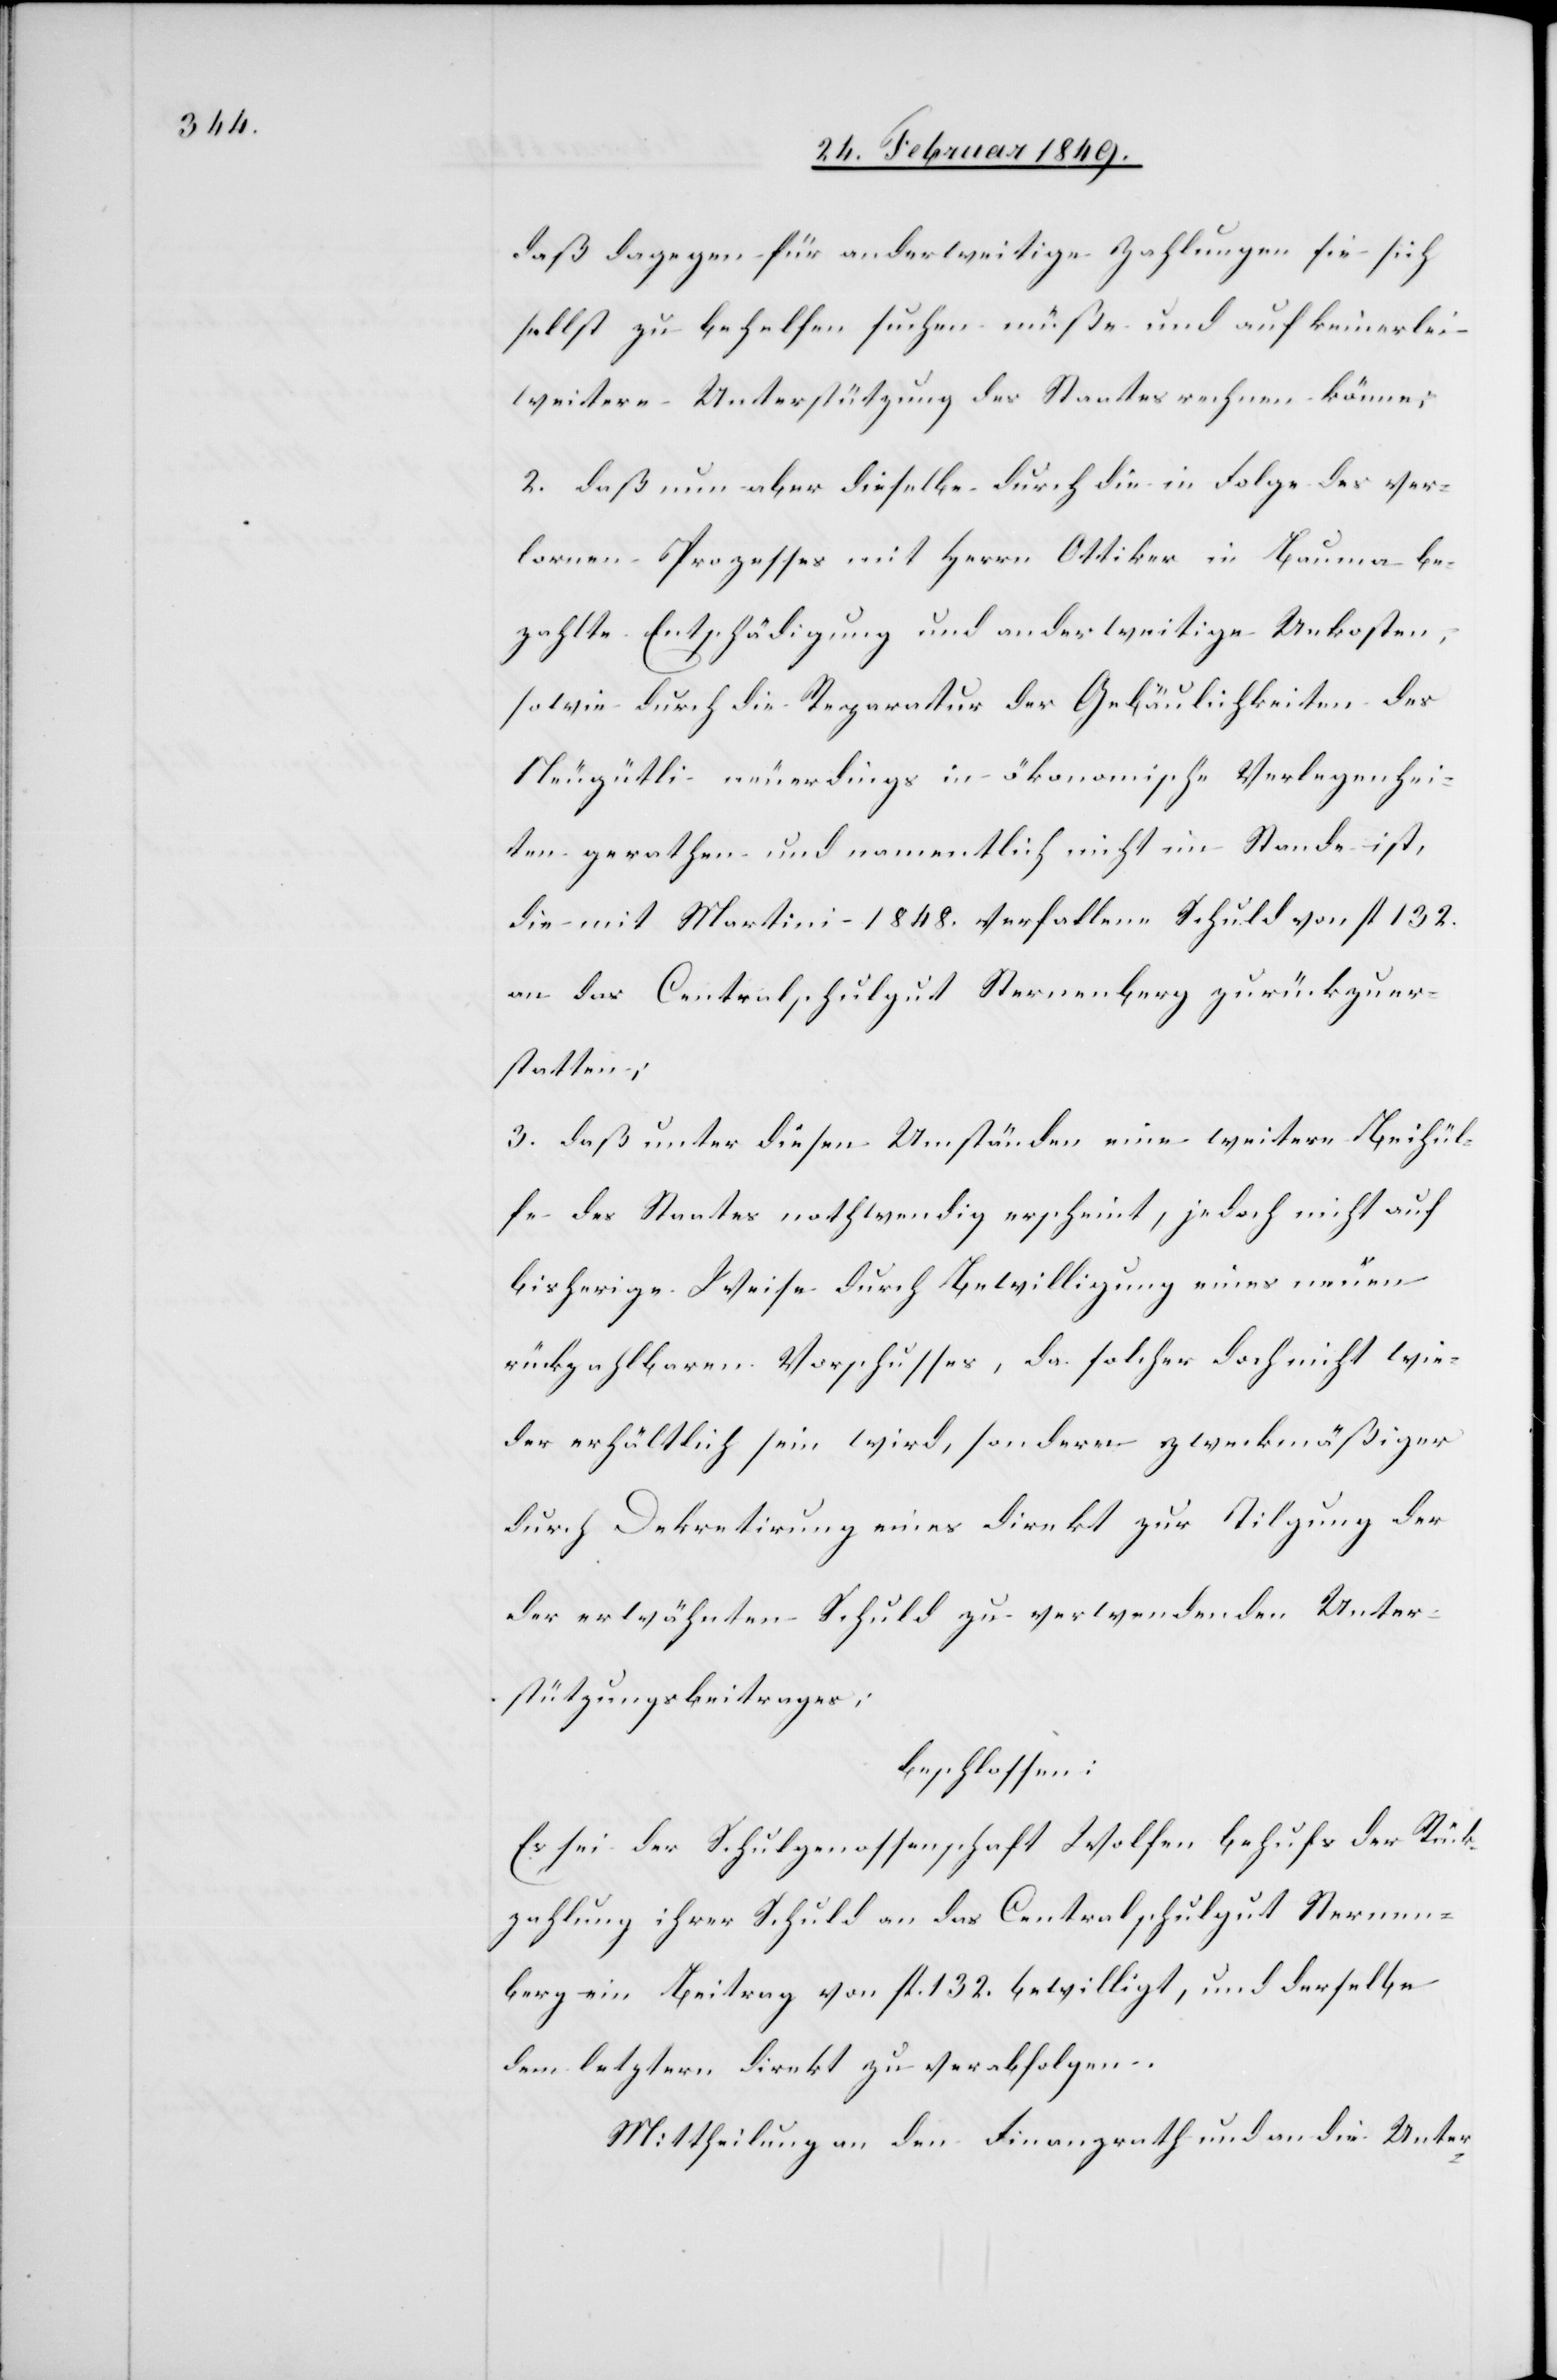
daß dagegen für anderweitige Zahlungen sie sich
selbst zu behelfen suchen müße und auf keinerlei
weitere Unterstützung des Staates rechnen könne;
2. daß nun aber dieselbe durch die in Folge des ver¬
lornen Prozesses mit Herrn Ottiker in Bauma be¬
zahlte Entschädigung und anderweitige Unkosten,
sowie durch die Reparatur der Gebäulichkeiten des
Neugütli neuerdings in ökonomische Verlegenhei¬
ten gerathen und namentlich nicht im Stande ist,
die mit Martini 1848. verfallene Schuld von fl. 132.
an das Centralschulgut Sternenberg zurückzuer¬
statten;
3. daß unter diesen Umständen eine weitere Beihül¬
fe des Staates nothwendig erscheint, jedoch nicht auf
bisherige Weise durch Bewilligung eines neuen
rückzahlbaren Vorschusses, da solcher doch nicht wie¬
der erhältlich sein wird, sondern zweckmäßiger
durch Dekretirung eines direkt zur Tilgung der
erwähnten Schuld zu verwendenden Unter¬
stützungsbeitrages;
beschlossen:
Es sei der Schulgenossenschaft Wolfen behufs der Rück¬
zahlung ihrer Schuld an das Centralschulgut Sternen¬
berg ein Beitrag von fl. 132. bewilligt, und derselbe
dem letztern direkt zu verabfolgen.
Mittheilung an den Finanzrath und an die Unter-